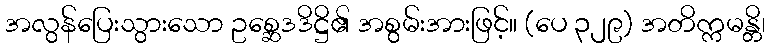
အလွန်ပြေးသွားသော ဥစ္ဆေဒဒိဋ္ဌိ၏ အစွမ်းအားဖြင့်။ (ပေ ၃၂၉) အတိက္ကမန္တိ၊